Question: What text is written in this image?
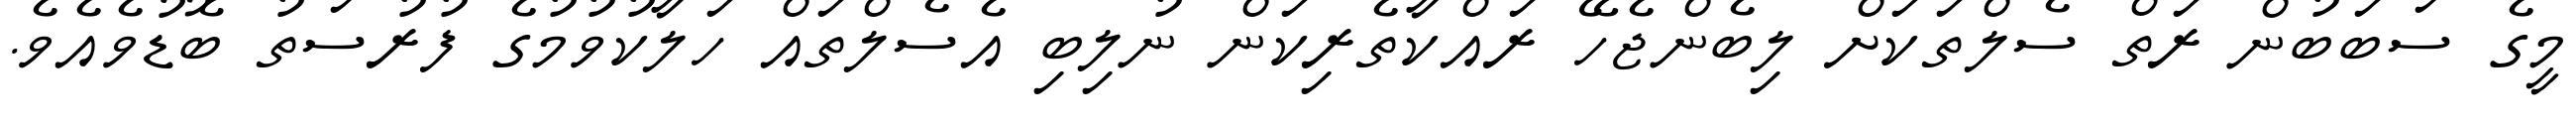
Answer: މީގެ ސަބަބުން ރަތް ސެލްތަކަށް ލިބެންޖެހޭ ރައްކާތެރިކަން ނުލިބި އެސެލްތައް ހަލާކުވުމުގެ ފުރުސަތު ބޮޑުވެއެވެ.